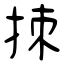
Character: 拺